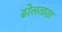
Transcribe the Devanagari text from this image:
ढोलताशा